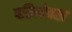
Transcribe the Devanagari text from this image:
पतिमोक्ख